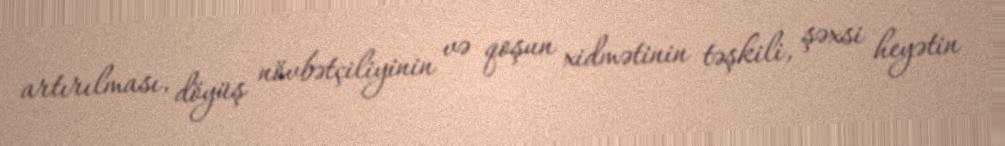
artırılması, döyüş növbətçiliyinin və qoşun xidmətinin təşkili, şəxsi heyətin